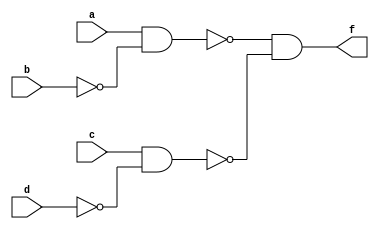
module exercise1(f, a, b, c, d);
input a, b, c, d;
output f;
assign f = ~((~((~(a & (~(b & b)))) & (~(c & (~(d & d)))))) & (~((~(a & (~(b & b)))) & (~(c & (~(d & d)))))));
endmodule